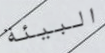
البيئة